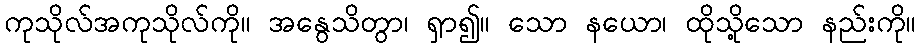
ကုသိုလ်အကုသိုလ်ကို။ အနွေသိတွာ၊ ရှာ၍။ သော နယော၊ ထိုသို့သော နည်းကို။